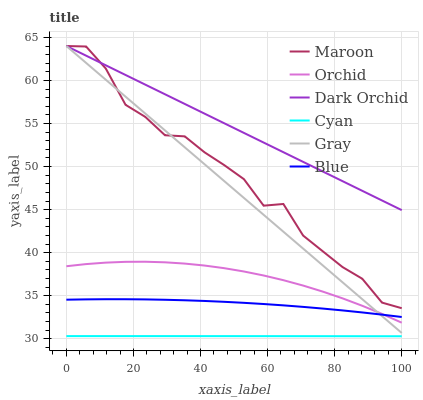
| xaxis_label | Maroon | Orchid | Dark Orchid | Cyan | Gray | Blue |
 | --- | --- | --- | --- | --- | --- | --- |
 | 0 | 64 | 38.4 | 64 | 30.3 | 64 | 34.5 |
 | 5.88 | 63.9 | 38.7 | 62.9 | 30.3 | 62 | 34.6 |
 | 11.8 | 61.4 | 38.8 | 61.8 | 30.3 | 60.1 | 34.6 |
 | 17.6 | 57.2 | 38.9 | 60.6 | 30.3 | 58.1 | 34.6 |
 | 23.5 | 55.8 | 38.9 | 59.5 | 30.3 | 56.2 | 34.6 |
 | 29.4 | 53.6 | 38.9 | 58.4 | 30.3 | 54.2 | 34.5 |
 | 35.3 | 53.5 | 38.7 | 57.3 | 30.3 | 52.2 | 34.5 |
 | 41.2 | 51.7 | 38.5 | 56.2 | 30.3 | 50.3 | 34.4 |
 | 47.1 | 50.2 | 38.2 | 55 | 30.3 | 48.3 | 34.3 |
 | 52.9 | 48.5 | 37.8 | 53.9 | 30.3 | 46.4 | 34.2 |
 | 58.8 | 45.5 | 37.3 | 52.8 | 30.3 | 44.4 | 34 |
 | 64.7 | 45.7 | 36.8 | 51.7 | 30.3 | 42.4 | 33.9 |
 | 70.6 | 42 | 36.2 | 50.5 | 30.3 | 40.5 | 33.7 |
 | 76.5 | 40.2 | 35.5 | 49.4 | 30.3 | 38.5 | 33.5 |
 | 82.4 | 38.3 | 34.7 | 48.3 | 30.3 | 36.6 | 33.3 |
 | 88.2 | 37 | 33.8 | 47.2 | 30.3 | 34.6 | 33.1 |
 | 94.1 | 34.2 | 32.9 | 46.1 | 30.3 | 32.6 | 32.8 |
 | 100 | 33.6 | 31.9 | 44.9 | 30.3 | 30.7 | 32.5 |